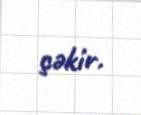
çəkir.